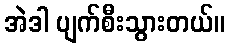
အဲဒါ ပျက်စီးသွားတယ်။